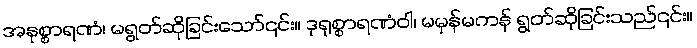
အနုစ္စာရဏံ၊ မရွတ်ဆိုခြင်းသော်၎င်း။ ဒုရုစ္စာရဏံဝါ၊ မမှန်မကန် ရွတ်ဆိုခြင်းသည်၎င်း။